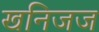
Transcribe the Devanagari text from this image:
खनिजज